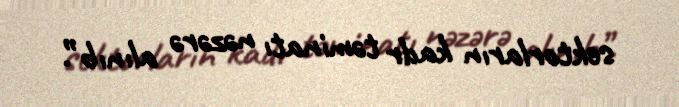
sektorların kadr təminatı nəzərə alınıb”.